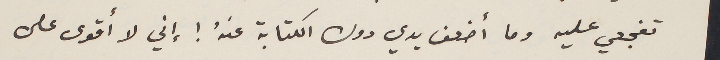
تفجعي عليه وما أضعف يدي دون الكتابة عنهُ ! إني لا أقوى على